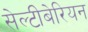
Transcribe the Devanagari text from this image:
सेल्टीबेरियन